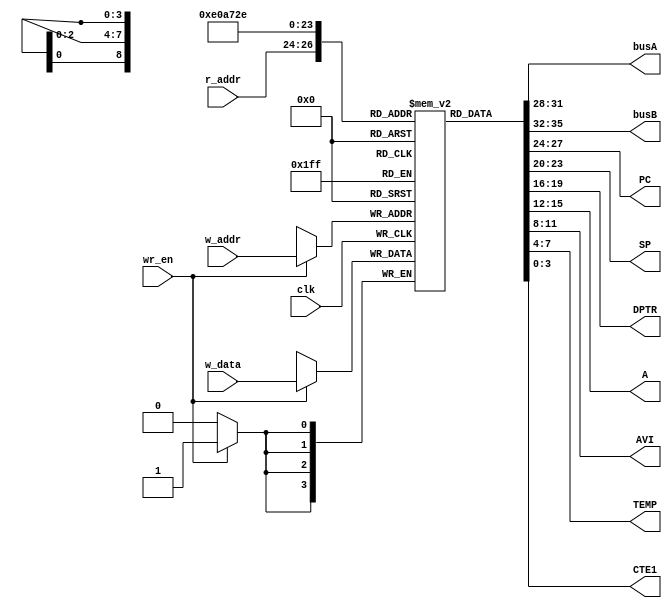
module register_bank
	#(	parameter	DATA_WIDTH = 4)
	(	input		wire	clk,
		input		wire	wr_en,
		input		wire	[2:0] w_addr, r_addr,
		input		wire	[DATA_WIDTH-1:0] w_data,
		output	wire	[DATA_WIDTH-1:0] busA, busB, PC, SP, DPTR, A, AVI, TEMP, CTE1
	);
	
	reg [DATA_WIDTH-1:0] array_reg [7:0];
	
	initial begin
		array_reg[0] = 8'b00000000;
		array_reg[1] = 8'b00000000;
		array_reg[2] = 8'b00000000;
		array_reg[3] = 8'b00000000;
		array_reg[4] = 8'b00000000;
		array_reg[5] = 8'b00000000;
		array_reg[6] = 8'b00000000;
		array_reg[7] = 8'b00000000;
	end
	
	always @(posedge clk) begin
		if (wr_en) begin 
			array_reg[w_addr] <= w_data;
		end
	end
	
	assign	busB	=	array_reg[r_addr];
	assign	busA	=	array_reg[3'b111];
	assign	PC		=	array_reg[3'b000];
	assign	SP		=	array_reg[3'b001];
	assign	DPTR	=	array_reg[3'b010];
	assign	A		=	array_reg[3'b011];
	assign	AVI	=	array_reg[3'b100];
	assign	TEMP	=	array_reg[3'b101];
	assign	CTE1	=	array_reg[3'b110];
	
endmodule